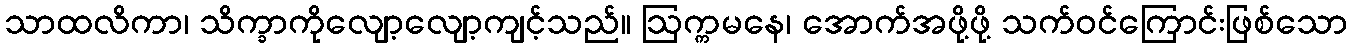
သာထလိကာ၊ သိက္ခာကိုလျော့လျော့ကျင့်သည်။ ဩက္ကမနေ၊ အောက်အဖို့ဖို့ သက်ဝင်ကြောင်းဖြစ်သော